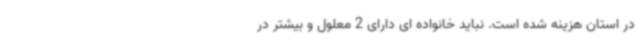
در استان هزینه شده است. نباید خانواده ای دارای 2 معلول و بیشتر در